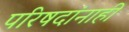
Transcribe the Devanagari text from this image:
परिषदांनाही